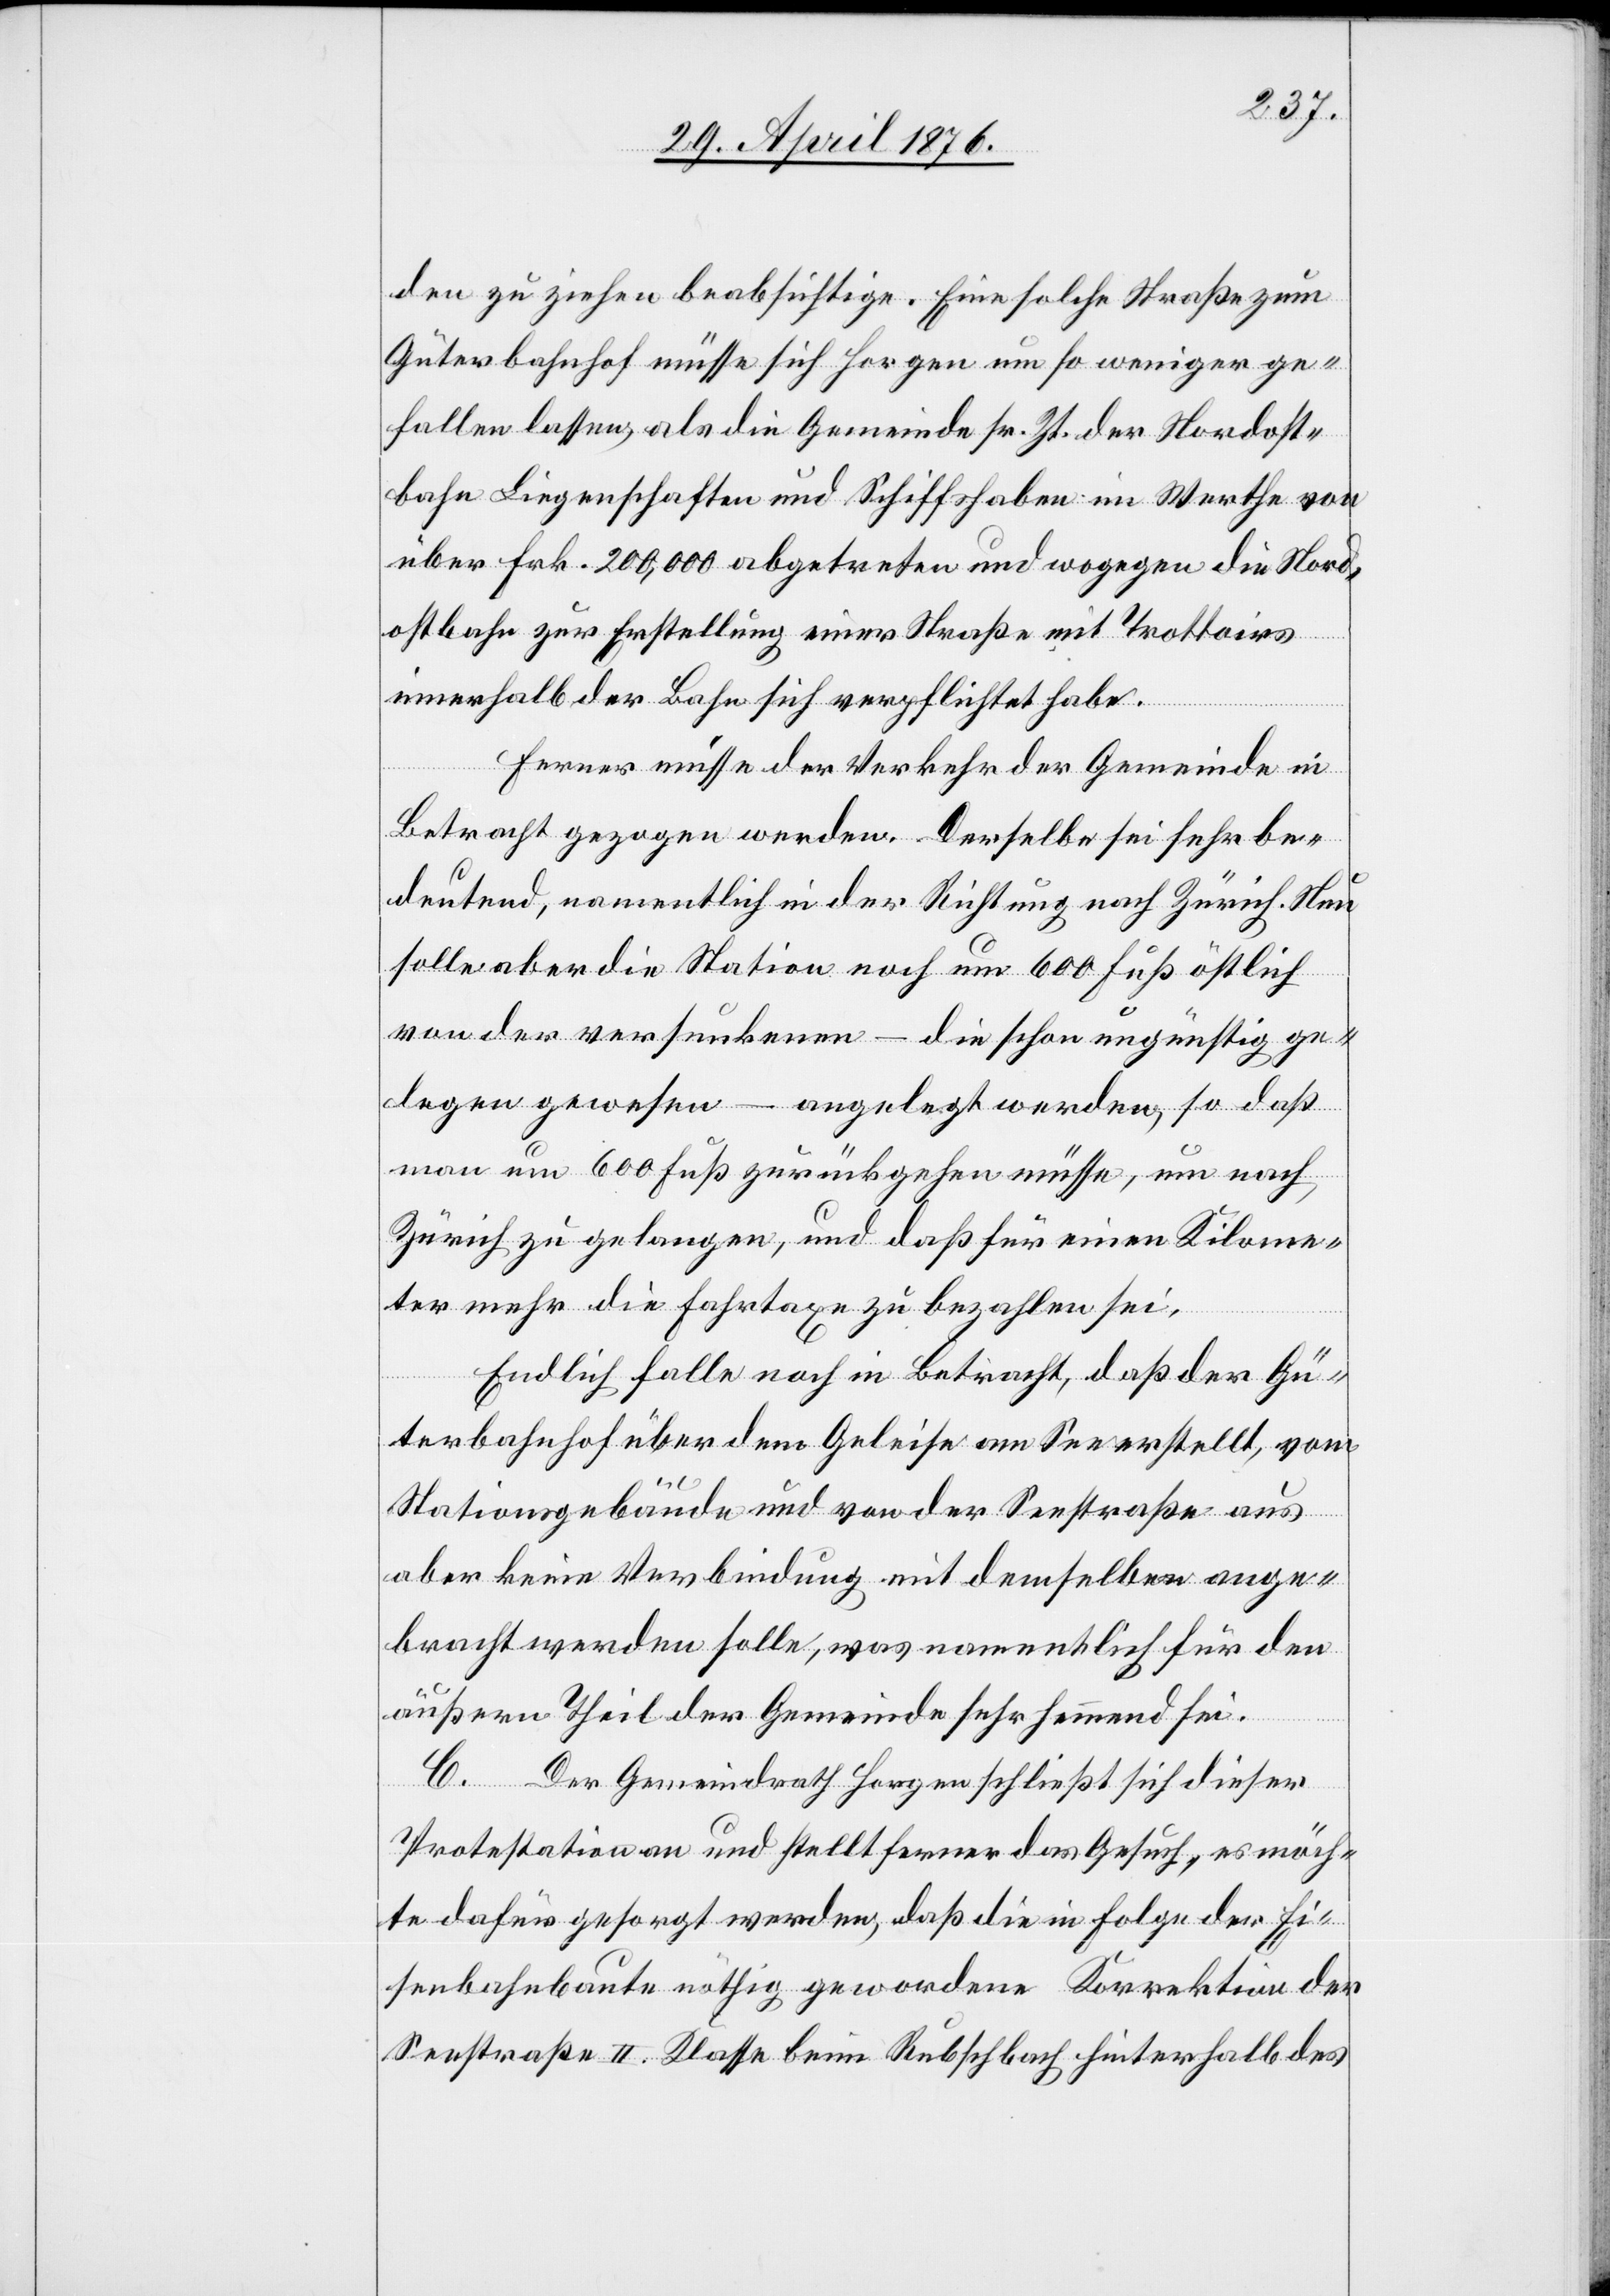
den zu ziehen beabsichtige. Eine solche Straße zum
Güterbahnhof müsse sich Horgen um so weniger ge¬
fallen lassen, als die Gemeinde sr. Zt. der Nordost¬
bahn Liegenschaften und Schiffshaben im Werthe von
über Frk. 200,000 abgetreten und wogegen die Nord¬
ostbahn zur Erstellung einer Straße mit Trottoirs
innerhalb der Bahn sich verpflichtet habe.
Ferner müsse der Verkehr der Gemeinde in
Betracht gezogen werden. Derselbe sei sehr be¬
deutend, namentlich in der Richtung nach Zürich. Nun
solle aber die Station noch um 600 Fuß östlich
von der versunkenen – die schon ungünstig ge¬
legen gewesen – angelegt werden, so daß
man um 600 Fuß zurückgehen müsse, um nach
Zürich zu gelangen, und daß für einen Kilome¬
ter mehr die Fahrtaxe zu bezahlen sei.
Endlich falle noch in Betracht, daß der Gü¬
terbahnhof über dem Gleise am See erstellt, vom
Stationsgebäude und von der Seestraße aus
aber keine Verbindung mit demselben ange¬
bracht werden solle, was namentlich für den
äußern Theil der Gemeinde sehr hemmend sei.
C. Der Gemeindrath Horgen schließt sich dieser
Protestation an und stellt ferner das Gesuch, es möch¬
te dafür gesorgt werden, daß die in Folge der Ei¬
senbahnbaute nöthig gewordene Korrektion der
Seestraße II. Klasse beim Rubschbach hinterhalb des